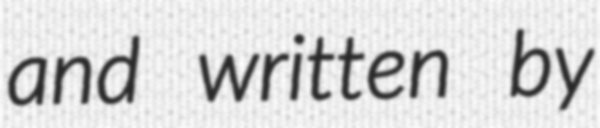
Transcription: and written by